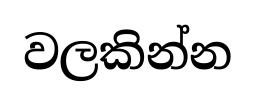
වලකින්න